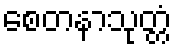
စေတနာသုတ္တံ